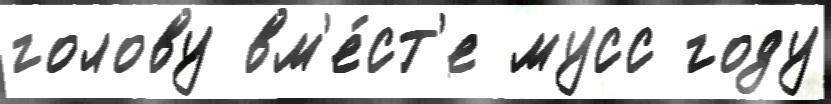
голову вм'е́ст'е мусс году